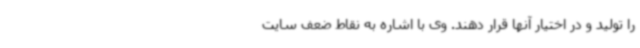
را تولید و در اختیار آنها قرار دهند. وی با اشاره به نقاط ضعف سایت